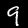
Label: 9